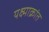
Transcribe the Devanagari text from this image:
यक्ष्माक्रांत